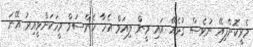
މެރީކޮށްފިއޭ ނުވެސް ގުޅެއޭ އައި މީން ލިއަމް އެހާ ހެންސަމް މީހަކަށްވީއިރު އޭނަ